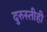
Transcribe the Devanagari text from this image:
दुरुस्तीही